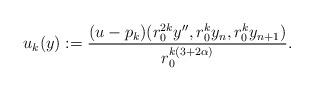
LaTeX: \begin{align*}u_k(y):= \frac{(u-p_k)(r_0^{2k} y'', r_0^k y_n, r_0^k y_{n+1})}{r_0^{k(3+{2\alpha})}}.\end{align*}